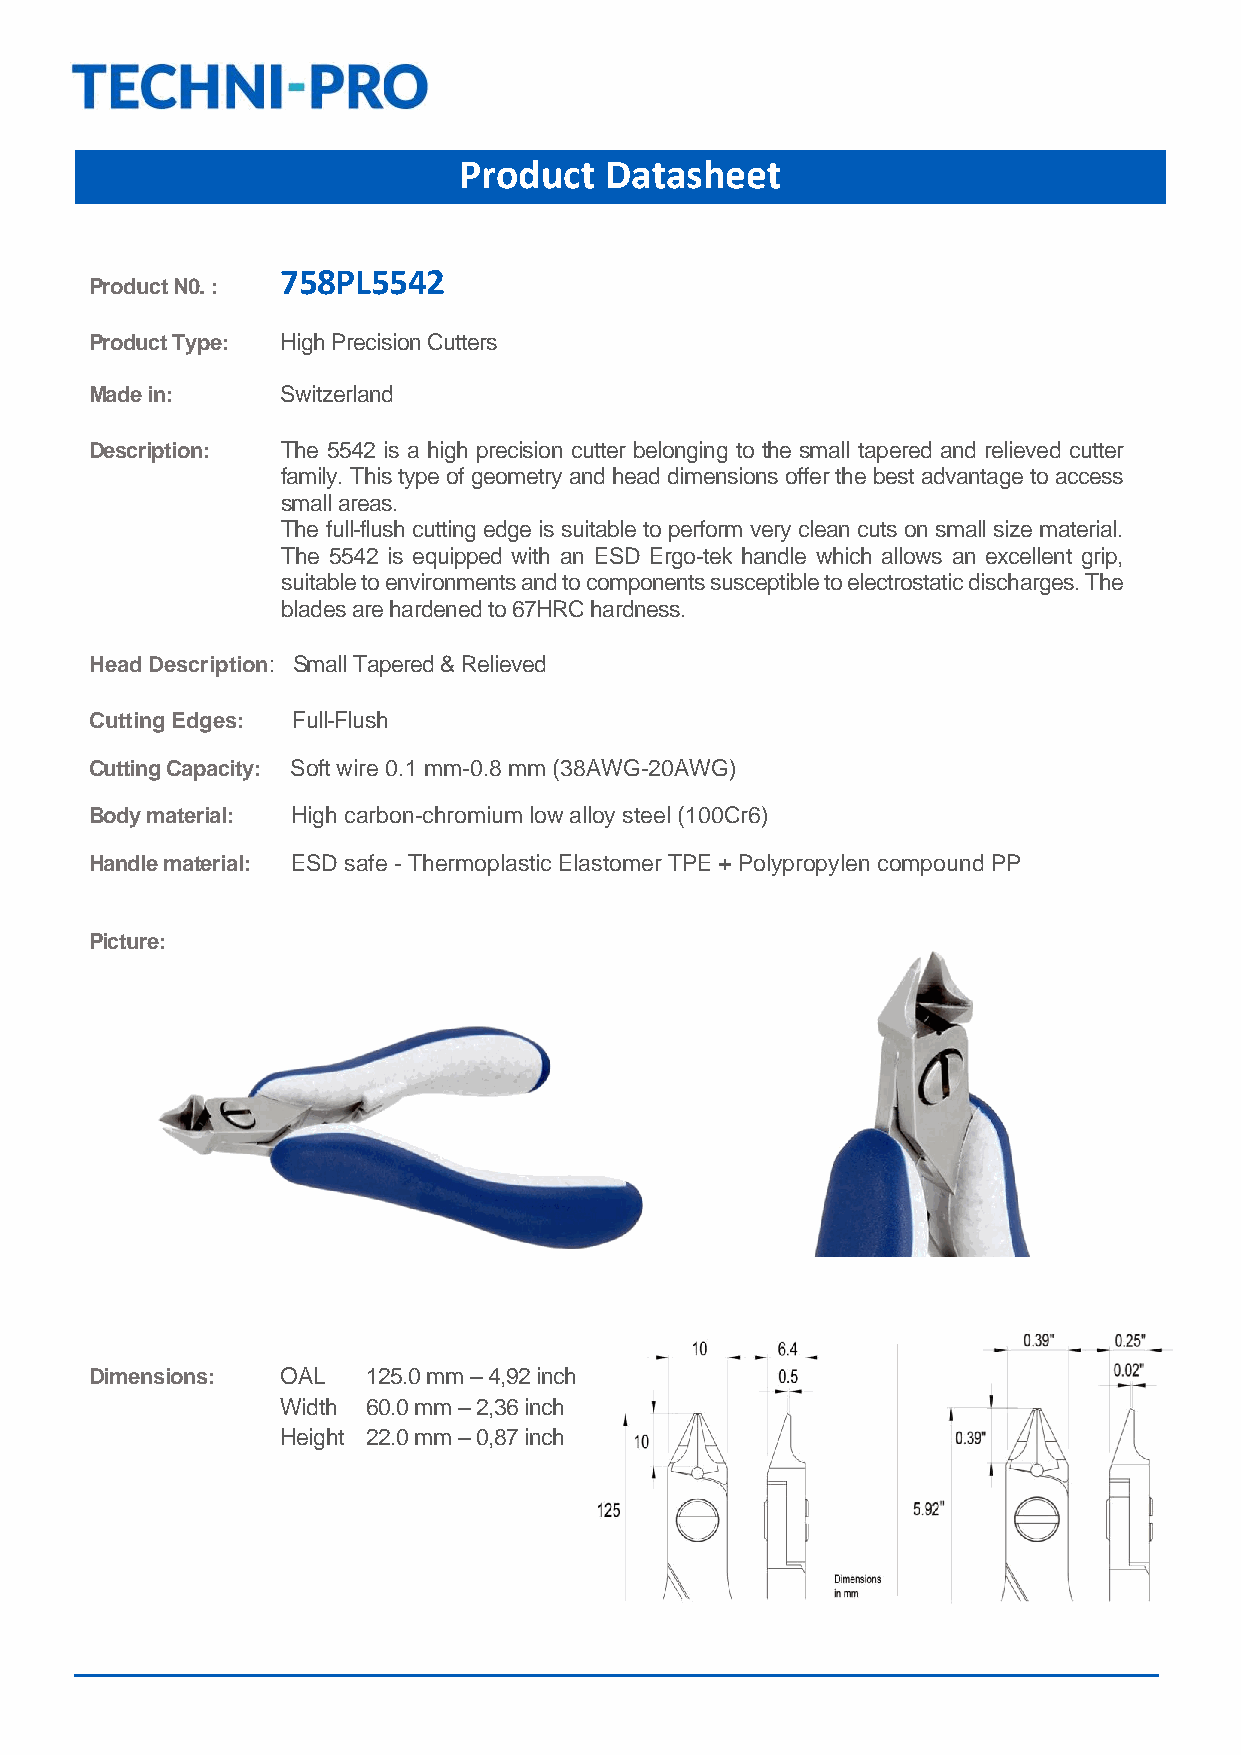
Product   Datasheet
 758PL5542
 Product N0. :
 Product Type: High Precision Cutters
 Made in:     Switzerland
 Description: The 5542 is a high precision cutter belonging to the small tapered and relieved cutter
 family. This type of geometry and head dimensions offer the best advantage to access
 small areas.
 The full-flush cutting edge is suitable to perform very clean cuts on small size material.
 The 5542 is equipped with an ESD Ergo-tek handle which allows an excellent grip,
 suitable to environments and to components susceptible to electrostatic discharges. The
 blades are hardened to 67HRC hardness.
 Head Description: Small Tapered & Relieved
 Cutting Edges: Full-Flush
 Cutting Capacity: Soft wire 0.1 mm-0.8 mm (38AWG-20AWG)
 Body material: High carbon-chromium low alloy steel (100Cr6)
 Handle material: ESD safe - Thermoplastic Elastomer TPE + Polypropylen compound PP
 Picture:
 Dimensions:  OAL  125.0 mm – 4,92 inch
 Width 60.0 mm – 2,36 inch
 Height 22.0 mm – 0,87 inch